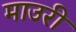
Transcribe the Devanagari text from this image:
माउरी